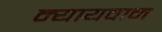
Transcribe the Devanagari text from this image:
न्यायवान